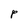
Character: P